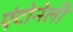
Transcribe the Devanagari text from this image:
एंटोनेली